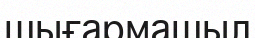
шығармашыл